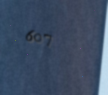
607